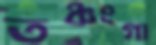
তঞ্চংগা